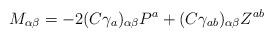
LaTeX: \begin{align*}M_{\alpha\beta}=-2(C\gamma_a)_{\alpha\beta}P^a+(C\gamma_{ab})_{\alpha\beta}Z^{ab}\end{align*}